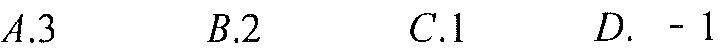
\(A.3\)  \(B.2\)  \(C.1\)  \(D.\ - 1\)